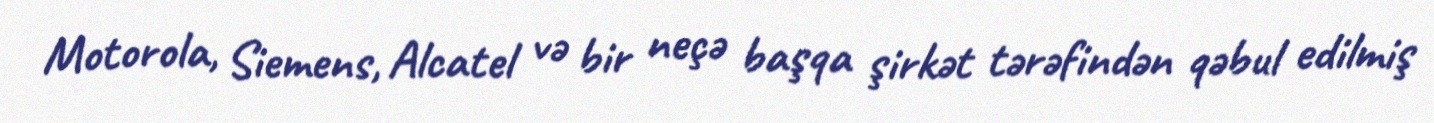
Motorola, Siemens, Alcatel və bir neçə başqa şirkət tərəfindən qəbul edilmiş